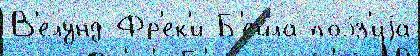
В'елунд Фр'ек'и Б'ейла поэ́з'иjа